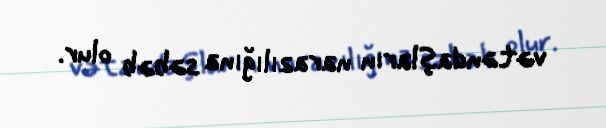
vətəndaşların narazılığına səbəb olur.